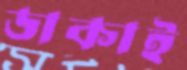
ডাকাই